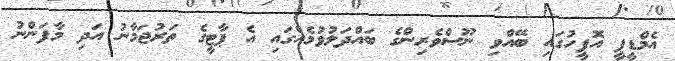
އެމްޑީޕީ އޮފީހުގައި ބޭއްވި ނޫސްވެރިންގެ ބައްދަލުވުމެއްގައި އެ ޕާޓީގެ ތަރުޖަމާނު އަދި މާފަންނު